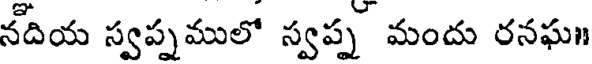
నదియ స్వప్నములో స్వప్న మందు రనఘ॥